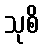
သုစိ